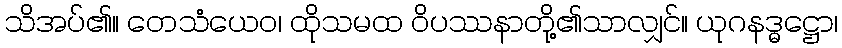
သိအပ်၏။ တေသံယေဝ၊ ထိုသမထ ဝိပဿနာတို့၏သာလျှင်။ ယုဂနဒ္ဓဋ္ဌော၊